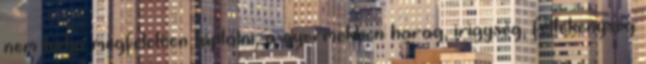
nem tudja megfelelően táplálni, a gyermekben harag, irigység, féltékenység